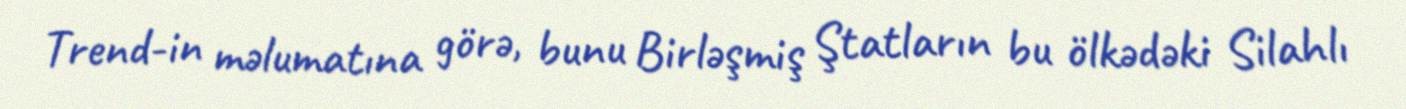
Trend-in məlumatına görə, bunu Birləşmiş Ştatların bu ölkədəki Silahlı